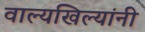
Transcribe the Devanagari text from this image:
वाल्यखिल्यांनी